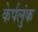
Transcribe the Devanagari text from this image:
केर्पलुंक